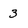
Character: 3